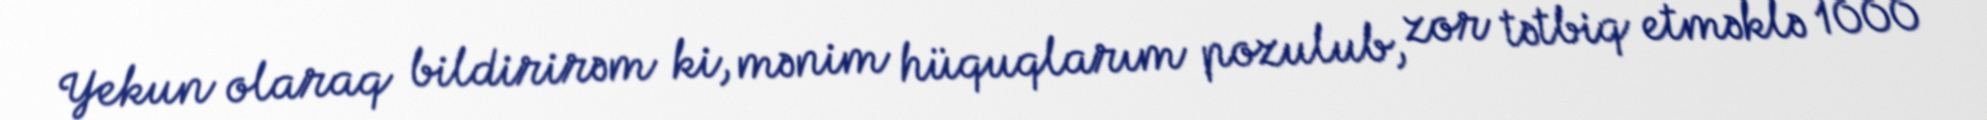
Yekun olaraq bildirirəm ki, mənim hüquqlarım pozulub, zor tətbiq etməklə 1000